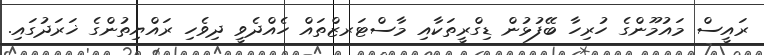
ރައީސް މައުމޫންގެ ހުރިހާ ބޭފުޅުން ޑިގްރީތަކާއި މާސްޓަރޒްތައް ހެއްދެވީ ދިވެހި ރައްޔިތުންގެ ޚަރަދުގައި.